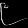
Digit: ၉